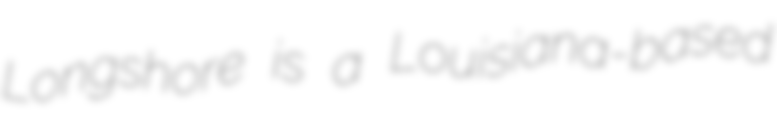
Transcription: Longshore is a Louisiana-based